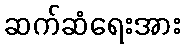
ဆက်ဆံရေးအား